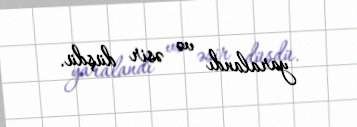
yaralandı və əsir düşdü.